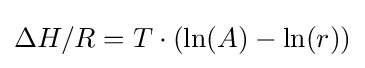
\Delta H/R=T\cdot (\ln(A)-\ln(r))